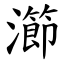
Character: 瀄